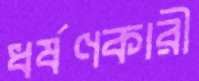
ধর্ষণকারী